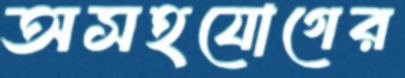
অসহযোগের